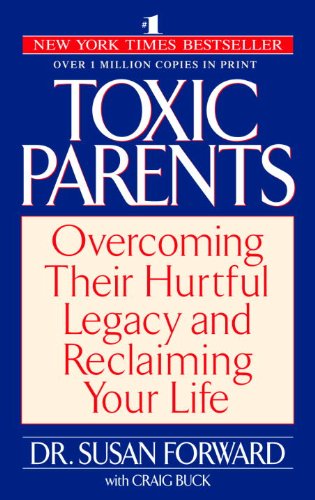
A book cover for Toxic Parents: Overcoming Their Hurtful Legacy and Reclaiming Your Life; Susan Forward; Parenting & Relationships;